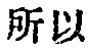
所以